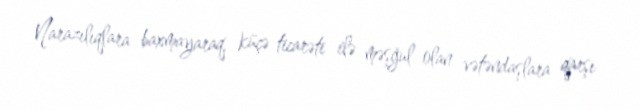
Narazılıqlara baxmayaraq, küçə ticarəti ilə məşğul olan vətəndaşlara qarşı